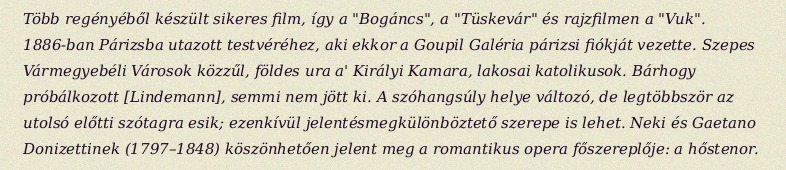
Több regényéből készült sikeres film, így a "Bogáncs", a "Tüskevár" és rajzfilmen a "Vuk". 1886-ban Párizsba utazott testvéréhez, aki ekkor a Goupil Galéria párizsi fiókját vezette. Szepes Vármegyebéli Városok közzűl, földes ura a' Királyi Kamara, lakosai katolikusok. Bárhogy próbálkozott [Lindemann], semmi nem jött ki. A szóhangsúly helye változó, de legtöbbször az utolsó előtti szótagra esik; ezenkívül jelentésmegkülönböztető szerepe is lehet. Neki és Gaetano Donizettinek (1797–1848) köszönhetően jelent meg a romantikus opera főszereplője: a hőstenor.